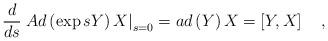
LaTeX: \begin{align*}\frac d{ds}\left. Ad\left( \exp sY\right) X\right|_{s=0}=ad\left( Y\right) X=\left[ Y,X\right] \quad ,\end{align*}